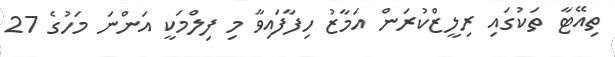
ތިއޭޓާ ތަކުގައި ރިލީޒްކުރަން އަމާޒު ހިފާފައިވާ މި ފިލްމަކީ އަންނަ މަހުގެ 27